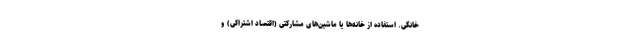
خانگی. استفاده از خانه‌ها یا ماشین‌های مشارکتی (اقتصاد اشتراکی) و